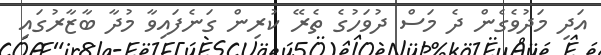
އަދި މަދުވެގެން ދެ މަސް ދުވަހުގެ ތެރޭ ކުރިން ގަނެފައިވާ މުދާ ބާޒާރުގައި